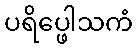
ပရိပ္ဖေါသကံ